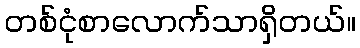
တစ်ငုံစာလောက်သာရှိတယ်။